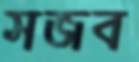
সজব